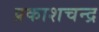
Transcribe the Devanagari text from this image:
प्रकाशचन्द्र